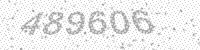
Solution: 489606